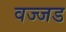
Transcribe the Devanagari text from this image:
वज्जड